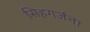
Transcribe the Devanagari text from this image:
सिहगर्जना